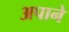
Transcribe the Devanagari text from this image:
अपाने